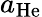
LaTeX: a_{\mathrm{He}}